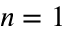
n = 1